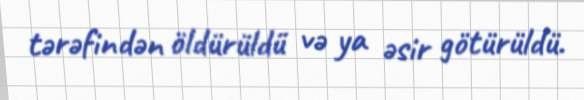
tərəfindən öldürüldü və ya əsir götürüldü.